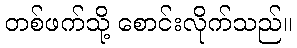
တစ်ဖက်သို့ စောင်းလိုက်သည်။